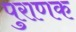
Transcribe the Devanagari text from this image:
पुराणक